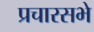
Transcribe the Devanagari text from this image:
प्रचारसभे